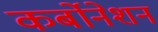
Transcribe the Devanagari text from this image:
कर्बोनेशन